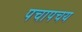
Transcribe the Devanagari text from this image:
पचापचय